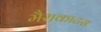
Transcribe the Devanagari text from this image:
मैराकाटस